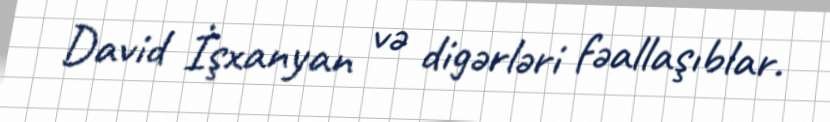
David İşxanyan və digərləri fəallaşıblar.